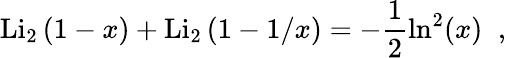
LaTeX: \mathrm{Li}_{2}\, (1-x)+\mathrm{Li}_{2}\, (1-1/x)=-\frac 12\ln^{2}(x)\; \; ,